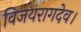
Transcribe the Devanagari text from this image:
विजयरागदेव।